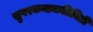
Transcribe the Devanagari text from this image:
सुपरकन्डकटिविटी